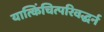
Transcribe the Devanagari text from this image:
यात्किंचित्परिवद्धर्न